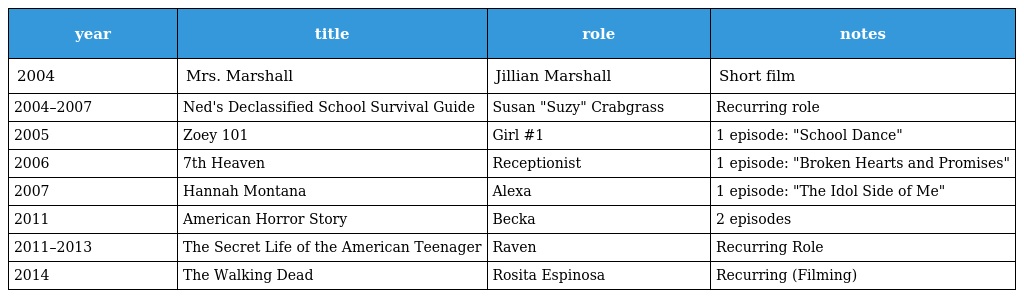
| year | title | role | notes |
 | --- | --- | --- | --- |
 | 2004 | Mrs. Marshall | Jillian Marshall | Short film |
 | 2004–2007 | Ned's Declassified School Survival Guide | Susan "Suzy" Crabgrass | Recurring role |
 | 2005 | Zoey 101 | Girl #1 | 1 episode: "School Dance" |
 | 2006 | 7th Heaven | Receptionist | 1 episode: "Broken Hearts and Promises" |
 | 2007 | Hannah Montana | Alexa | 1 episode: "The Idol Side of Me" |
 | 2011 | American Horror Story | Becka | 2 episodes |
 | 2011–2013 | The Secret Life of the American Teenager | Raven | Recurring Role |
 | 2014 | The Walking Dead | Rosita Espinosa | Recurring (Filming) |